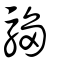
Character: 騶